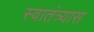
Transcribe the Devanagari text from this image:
स्वातंत्र्यास